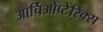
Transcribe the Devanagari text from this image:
आर्चिओप्टेरिक्स